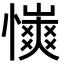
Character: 𢣨